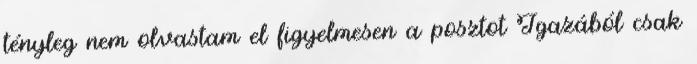
tényleg nem olvastam el figyelmesen a posztot Igazából csak